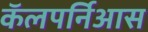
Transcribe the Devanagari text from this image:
कॅलपर्निआस